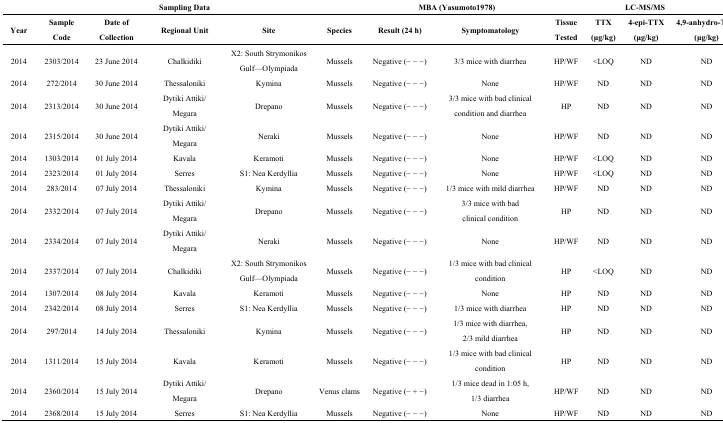
<table><thead><tr><td colspan="6"><b>Sampling Data</b></td><td colspan="2"><b>MBA (Yasumoto1978)</b></td><td colspan="4"><b>LC-MS/MS</b></td></tr><tr><td><b>Year</b></td><td><b>Sample Code</b></td><td><b>Date of Collection</b></td><td><b>Regional Unit</b></td><td><b>Site</b></td><td><b>Species</b></td><td><b>Result (24 h)</b></td><td><b>Symptomatology</b></td><td><b>Tissue Tested</b></td><td><b>TTX (μg/kg)</b></td><td><b>4-epi-TTX (μg/kg)</b></td><td><b>4,9-anhydro-TTX (μg/kg)</b></td></tr></thead><tbody><tr><td>2014</td><td>2303/2014</td><td>23 June 2014</td><td>Chalkidiki</td><td>X2: South Strymonikos Gulf—Olympiada</td><td>Mussels</td><td>Negative (− − −)</td><td>3/3 mice with diarrhea</td><td>HP/WF</td><td>&lt;LOQ</td><td>ND</td><td>ND</td></tr><tr><td>2014</td><td>272/2014</td><td>30 June 2014</td><td>Thessaloniki</td><td>Kymina</td><td>Mussels</td><td>Negative (− − −)</td><td>None</td><td>HP/WF</td><td>ND</td><td>ND</td><td>ND</td></tr><tr><td>2014</td><td>2313/2014</td><td>30 June 2014</td><td>Dytiki Attiki/ Megara</td><td>Drepano</td><td>Mussels</td><td>Negative (− − −)</td><td>3/3 mice with bad clinical condition and diarrhea</td><td>HP</td><td>ND</td><td>ND</td><td>ND</td></tr><tr><td>2014</td><td>2315/2014</td><td>30 June 2014</td><td>Dytiki Attiki/ Megara</td><td>Neraki</td><td>Mussels</td><td>Negative (− − −)</td><td>None</td><td>HP/WF</td><td>ND</td><td>ND</td><td>ND</td></tr><tr><td>2014</td><td>1303/2014</td><td>01 July 2014</td><td>Kavala</td><td>Keramoti</td><td>Mussels</td><td>Negative (− − −)</td><td>None</td><td>HP/WF</td><td>&lt;LOQ</td><td>ND</td><td>ND</td></tr><tr><td>2014</td><td>2323/2014</td><td>01 July 2014</td><td>Serres</td><td>S1: Nea Kerdyllia</td><td>Mussels</td><td>Negative (− − −)</td><td>None</td><td>HP/WF</td><td>&lt;LOQ</td><td>ND</td><td>ND</td></tr><tr><td>2014</td><td>283/2014</td><td>07 July 2014</td><td>Thessaloniki</td><td>Kymina</td><td>Mussels</td><td>Negative (− − −)</td><td>1/3 mice with mild diarrhea</td><td>HP/WF</td><td>ND</td><td>ND</td><td>ND</td></tr><tr><td>2014</td><td>2332/2014</td><td>07 July 2014</td><td>Dytiki Attiki/ Megara</td><td>Drepano</td><td>Mussels</td><td>Negative (− − −)</td><td>3/3 mice with bad clinical condition</td><td>HP</td><td>ND</td><td>ND</td><td>ND</td></tr><tr><td>2014</td><td>2334/2014</td><td>07 July 2014</td><td>Dytiki Attiki/ Megara</td><td>Neraki</td><td>Mussels</td><td>Negative (− − −)</td><td>None</td><td>HP/WF</td><td>ND</td><td>ND</td><td>ND</td></tr><tr><td>2014</td><td>2337/2014</td><td>07 July 2014</td><td>Chalkidiki</td><td>X2: South Strymonikos Gulf—Olympiada</td><td>Mussels</td><td>Negative (− − −)</td><td>1/3 mice with bad clinical condition</td><td>HP</td><td>&lt;LOQ</td><td>ND</td><td>ND</td></tr><tr><td>2014</td><td>1307/2014</td><td>08 July 2014</td><td>Kavala</td><td>Keramoti</td><td>Mussels</td><td>Negative (− − −)</td><td>None</td><td>HP</td><td>ND</td><td>ND</td><td>ND</td></tr><tr><td>2014</td><td>2342/2014</td><td>08 July 2014</td><td>Serres</td><td>S1: Nea Kerdyllia</td><td>Mussels</td><td>Negative (− − −)</td><td>1/3 mice with diarrhea</td><td>HP</td><td>ND</td><td>ND</td><td>ND</td></tr><tr><td>2014</td><td>297/2014</td><td>14 July 2014</td><td>Thessaloniki</td><td>Kymina</td><td>Mussels</td><td>Negative (− − −)</td><td>1/3 mice with diarrhea, 2/3 mild diarrhea</td><td>HP</td><td>ND</td><td>ND</td><td>ND</td></tr><tr><td>2014</td><td>1311/2014</td><td>15 July 2014</td><td>Kavala</td><td>Keramoti</td><td>Mussels</td><td>Negative (− − −)</td><td>1/3 mice with bad clinical condition</td><td>HP</td><td>ND</td><td>ND</td><td>ND</td></tr><tr><td>2014</td><td>2360/2014</td><td>15 July 2014</td><td>Dytiki Attiki/ Megara</td><td>Drepano</td><td>Venus clams</td><td>Negative (− + −)</td><td>1/3 mice dead in 1:05 h, 1/3 diarrhea</td><td>HP/WF</td><td>ND</td><td>ND</td><td>ND</td></tr><tr><td>2014</td><td>2368/2014</td><td>15 July 2014</td><td>Serres</td><td>S1: Nea Kerdyllia</td><td>Mussels</td><td>Negative (− − −)</td><td>None</td><td>HP/WF</td><td>ND</td><td>ND</td><td>ND</td></tr></tbody></table>